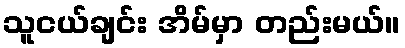
သူငယ်ချင်း အိမ်မှာ တည်းမယ်။